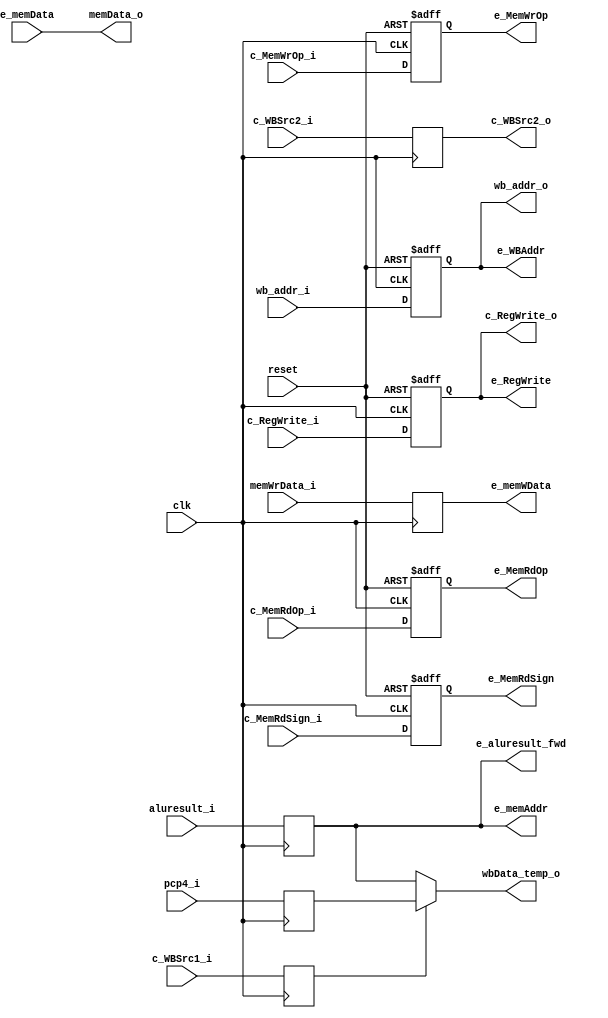
`timescale 1ns/1ps


module MEM_stage (
    input wire clk,
    input wire reset,

    // pipeline inputs
    input wire [31:0]  aluresult_i,
    input wire [31:0]  memWrData_i,
    input wire [31:0]  pcp4_i,
    input wire  [4:0]  wb_addr_i,

    input wire         c_WBSrc1_i,
    input wire         c_WBSrc2_i,
    input wire         c_RegWrite_i,
    input wire [1:0]   c_MemRdOp_i,
    input wire [1:0]   c_MemWrOp_i,
    input wire         c_MemRdSign_i,

    // pipeline outputs
    output wire [31:0] wbData_temp_o,
    output wire [31:0] memData_o,
    output wire [4:0]  wb_addr_o,

    output wire        c_WBSrc2_o,
    output wire        c_RegWrite_o,


    // data memory interface
    output wire [1:0]  e_MemRdOp,
    output wire [1:0]  e_MemWrOp,
    output wire        e_MemRdSign,

    output wire [31:0] e_memWData,
    output wire [31:0] e_memAddr,
    input wire [31:0]  e_memData,


    // hanzard detection
    output wire [4:0]  e_WBAddr,
    output wire        e_RegWrite,

    // forwarding
    output wire [31:0] e_aluresult_fwd
);


    reg [31:0] aluresult_reg;
    reg [31:0] memWrData_reg;
    reg [31:0] pcp4_reg;
    reg  [4:0] wb_addr_reg;
    reg        c_WBSrc1_reg;
    reg        c_WBSrc2_reg;
    reg        c_RegWrite_reg;
    reg [1:0]  c_MemRdOp_reg;
    reg [1:0]  c_MemWrOp_reg;
    reg        c_MemRdSign_reg;
    
    // register update
    always @(posedge clk) begin
        aluresult_reg <= aluresult_i;
        memWrData_reg <=  memWrData_i;
        pcp4_reg <=  pcp4_i;
        c_WBSrc1_reg <= c_WBSrc1_i;
        c_WBSrc2_reg <= c_WBSrc2_i;
    end
    
    always @(posedge clk or posedge reset) begin
        if (reset) begin
            wb_addr_reg <= 5'b0;
            c_RegWrite_reg <= 1'b0;
            c_MemRdOp_reg <= 2'b10;
            c_MemWrOp_reg <= 2'b10;
            c_MemRdSign_reg <= 1'b0;
        end
        else begin
            wb_addr_reg <= wb_addr_i;
            c_RegWrite_reg <= c_RegWrite_i;
            c_MemRdOp_reg <= c_MemRdOp_i;
            c_MemWrOp_reg <= c_MemWrOp_i;
            c_MemRdSign_reg <= c_MemRdSign_i;
         end
    end

    assign c_WBSrc2_o = c_WBSrc2_reg;
    assign c_RegWrite_o = c_RegWrite_reg;
    assign wb_addr_o = wb_addr_reg;

    assign e_MemRdOp = c_MemRdOp_reg;
    assign e_MemWrOp = c_MemWrOp_reg;
    assign e_MemRdSign = c_MemRdSign_reg;

    assign memData_o = e_memData;
    assign e_memWData = memWrData_reg;
    assign e_memAddr = aluresult_reg;

    assign e_WBAddr = wb_addr_reg;
    assign e_RegWrite = c_RegWrite_reg;

    assign wbData_temp_o = c_WBSrc1_reg ? pcp4_reg : aluresult_reg;

    assign e_aluresult_fwd = aluresult_reg;
    
endmodule